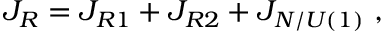
J _ { R } = J _ { R 1 } + J _ { R 2 } + J _ { { \cal N } / U ( 1 ) } ~ ,